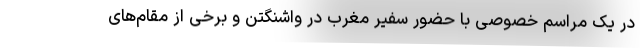
در یک مراسم خصوصی با حضور سفیر مغرب در واشنگتن و برخی از مقام‌های